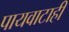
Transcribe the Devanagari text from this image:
पायवाटाही